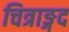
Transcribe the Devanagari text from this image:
चित्राङ्गद